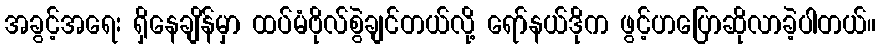
အခွင့်အရေး ရှိနေချိန်မှာ ထပ်မံဗိုလ်စွဲချင်တယ်လို့ ရော်နယ်ဒိုက ဖွင့်ဟပြောဆိုလာခဲ့ပါတယ်။